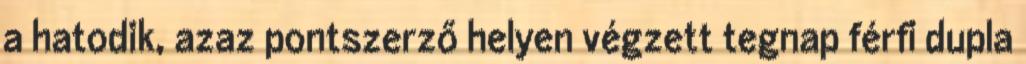
a hatodik, azaz pontszerző helyen végzett tegnap férfi dupla